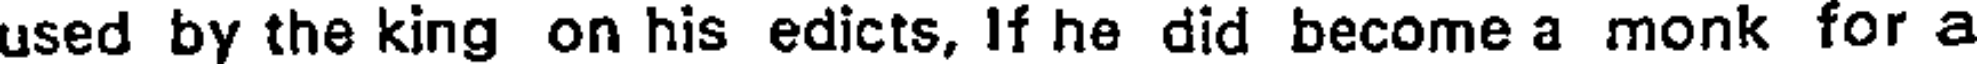
used by the king on his edicts, If he did become a monk for a